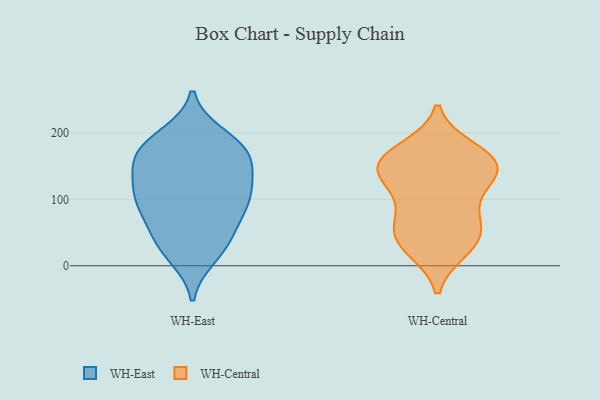
{"axis": {"x": "Demand Index", "y": "Value"}, "legend": ["WH-Central", "WH-East"], "data": [{"x": "", "y": 40, "type": "WH-East"}, {"x": "", "y": 96, "type": "WH-East"}, {"x": "", "y": 188, "type": "WH-East"}, {"x": "", "y": 165, "type": "WH-East"}, {"x": "", "y": 66, "type": "WH-East"}, {"x": "", "y": 43, "type": "WH-East"}, {"x": "", "y": 115, "type": "WH-East"}, {"x": "", "y": 91, "type": "WH-East"}, {"x": "", "y": 153, "type": "WH-East"}, {"x": "", "y": 23, "type": "WH-East"}, {"x": "", "y": 122, "type": "WH-East"}, {"x": "", "y": 195, "type": "WH-East"}, {"x": "", "y": 134, "type": "WH-East"}, {"x": "", "y": 169, "type": "WH-East"}, {"x": "", "y": 164, "type": "WH-East"}, {"x": "", "y": 92, "type": "WH-East"}, {"x": "", "y": 15, "type": "WH-East"}, {"x": "", "y": 101, "type": "WH-East"}, {"x": "", "y": 179, "type": "WH-East"}, {"x": "", "y": 131, "type": "WH-Central"}, {"x": "", "y": 84, "type": "WH-Central"}, {"x": "", "y": 156, "type": "WH-Central"}, {"x": "", "y": 161, "type": "WH-Central"}, {"x": "", "y": 61, "type": "WH-Central"}, {"x": "", "y": 174, "type": "WH-Central"}, {"x": "", "y": 150, "type": "WH-Central"}, {"x": "", "y": 142, "type": "WH-Central"}, {"x": "", "y": 156, "type": "WH-Central"}, {"x": "", "y": 118, "type": "WH-Central"}, {"x": "", "y": 60, "type": "WH-Central"}, {"x": "", "y": 39, "type": "WH-Central"}, {"x": "", "y": 26, "type": "WH-Central"}, {"x": "", "y": 32, "type": "WH-Central"}]}